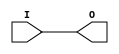
module IBUFG_HSTL_IV_DCI_18 (O, I);

    output O;

    input  I;

	buf B1 (O, I);


endmodule